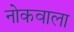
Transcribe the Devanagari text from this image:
नोकवाला